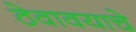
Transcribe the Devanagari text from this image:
ठेवावयाचे